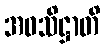
အဝသိဋ္ဌာတိ